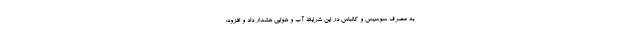
به مصرف سوسیس و کالباس در این شرایط آب و هوایی هشدار داد و افزود: